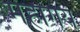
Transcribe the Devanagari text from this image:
महागयं